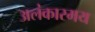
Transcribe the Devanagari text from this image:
अलंकारमय